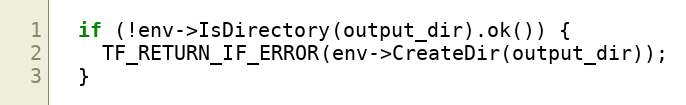
Language: C++
  if (!env->IsDirectory(output_dir).ok()) {
    TF_RETURN_IF_ERROR(env->CreateDir(output_dir));
  }